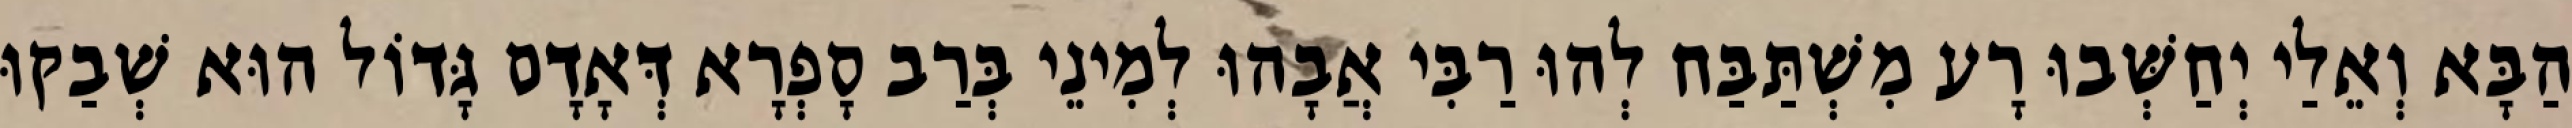
הַבָּא וְאֵלַי יְחַשְּׁבוּ רָע מִשְׁתַּבַּח לְהוּ רַבִּי אֲבָהוּ לְמִינֵי בְּרַב סָפְרָא דְּאָדָם גָּדוֹל הוּא שְׁבַקוּ